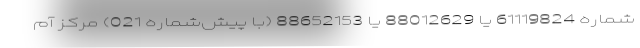
شماره 61119824 یا 88012629 یا 88652153 (با پیش‌شماره 021) مرکز آم